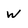
Character: W